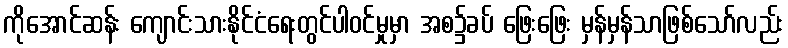
ကိုအောင်ဆန်း ကျောင်းသားနိုင်ငံရေးတွင်ပါဝင်မှုမှာ အစ၌ခပ် ဖြေးဖြေး မှန်မှန်သာဖြစ်သော်လည်း